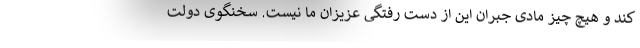
کند و هیچ چیز مادی جبران این از دست رفتگی عزیزان ما نیست. سخنگوی دولت